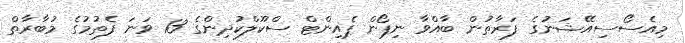
މިއެސޯސިއޭޝަނުގެ ފަރާތުން ބާއްވާ ނިޕޯން ޕެއިންޓް ސްކޫލްކުދިންގެ 13 ވަނަ ފެތުމުގެ މުބާރާތް